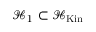
{ \mathcal { H } } _ { 1 } \subset { \mathcal { H } } _ { \mathrm { K i n } }